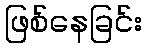
ဖြစ်နေခြင်း